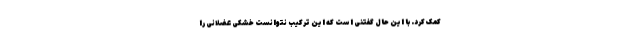
کمک کرد. با این حال گفتنی است که این ترکیب نتوانست خشکی عضلانی را